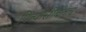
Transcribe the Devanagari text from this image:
पित्यासोबतच